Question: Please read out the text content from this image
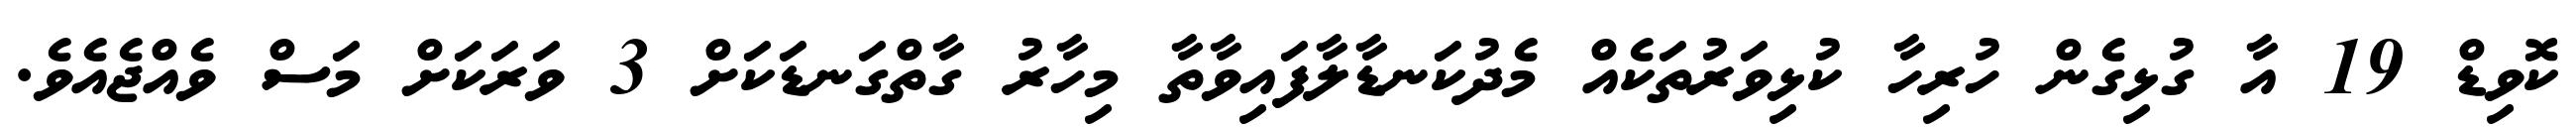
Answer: ކޮވިޑް 19 އާ ގުޅިގެން ހުރިހާ ކުޅިވަރުތަކެއް މެދުކަނޑާލާފައިވާތާ މިހާރު ގާތްގަނޑަކަށް 3 ވަރަކަށް މަސް ވެއްޖެއެވެ.